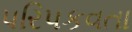
પરિપકવતા